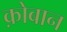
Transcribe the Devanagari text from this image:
क़ोबान